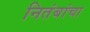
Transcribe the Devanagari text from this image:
नितंबांचा